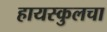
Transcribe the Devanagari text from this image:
हायस्कुलचा